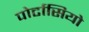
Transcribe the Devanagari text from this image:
पोर्टासियो